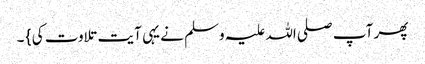
پھر آپ صلی اللہ علیہ وسلم نے یہی آیت تلاوت کی } ۔